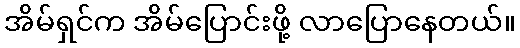
အိမ်ရှင်က အိမ်ပြောင်းဖို့ လာပြောနေတယ်။